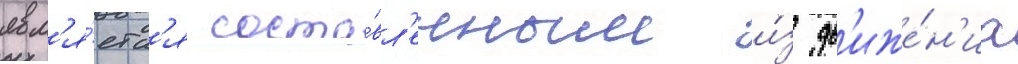
явл'я́етс'я соста́вл'енным и́з дв'иже́н'иа